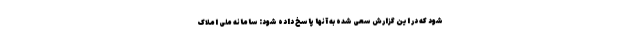
شود که در این گزارش سعی شده به آنها پاسخ داده شود: سامانه ملی املاک